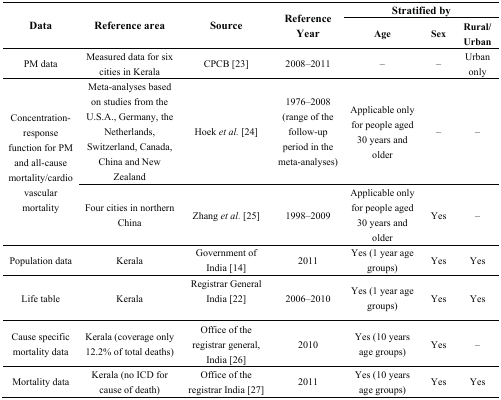
<table><thead><tr><td rowspan="2"><b>Data</b></td><td rowspan="2"><b>Reference area</b></td><td rowspan="2"><b>Source</b></td><td rowspan="2"><b>Reference Year</b></td><td colspan="3"><b>Stratified by</b></td></tr><tr><td><b>Age </b></td><td><b>Sex</b></td><td><b>Rural/ Urban</b></td></tr></thead><tbody><tr><td>PM data</td><td>Measured data for six cities in Kerala</td><td>CPCB [23]</td><td>2008–2011</td><td>–</td><td>–</td><td>Urban only</td></tr><tr><td rowspan="2">Concentration-response function for PM and all-cause mortality/cardiovascular mortality</td><td>Meta-analyses based on studies from the U.S.A., Germany, the Netherlands, Switzerland, Canada, China and New Zealand</td><td>Hoek <i>et al.</i> [24]</td><td>1976–2008 (range of the follow-up period in the meta-analyses) </td><td>Applicable only for people aged 30 years and older</td><td>–</td><td>–</td></tr><tr><td>Four cities in northern China</td><td>Zhang <i>et al.</i> [25]</td><td>1998–2009</td><td>Applicable only for people aged 30 years and older</td><td>Yes</td><td>–</td></tr><tr><td>Population data</td><td>Kerala</td><td>Government of India [14]</td><td>2011</td><td>Yes (1 year age groups)</td><td>Yes</td><td>Yes</td></tr><tr><td>Life table</td><td>Kerala</td><td>Registrar General India [22]</td><td>2006–2010</td><td>Yes (1 year age groups)</td><td>Yes</td><td>Yes</td></tr><tr><td>Cause specific mortality data</td><td>Kerala (coverage only 12.2% of total deaths)</td><td>Office of the registrar general, India [26]</td><td>2010</td><td>Yes (10 years age groups)</td><td>Yes</td><td>–</td></tr><tr><td>Mortality data</td><td>Kerala (no ICD for cause of death)</td><td>Office of the registrar India [27]</td><td>2011</td><td>Yes (10 years age groups)</td><td>Yes</td><td>Yes</td></tr></tbody></table>